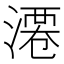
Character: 𣻝